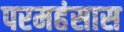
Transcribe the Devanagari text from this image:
परमहंसास